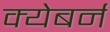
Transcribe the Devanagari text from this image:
क्येबर्न